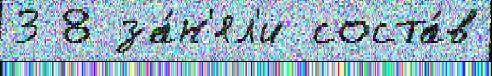
3 8 за́н'ял'и соста́в